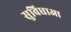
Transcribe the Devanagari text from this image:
सुविधाआ